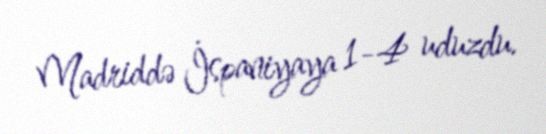
Madriddə İspaniyaya 1-4 uduzdu.